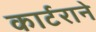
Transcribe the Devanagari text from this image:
कार्टराने